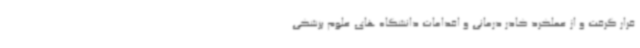
قرار گرفت و از عملکرد کادر درمانی و اقدامات دانشگاه های علوم‌ پزشکی